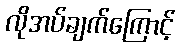
လိုအပ်ချက်ကြောင့်